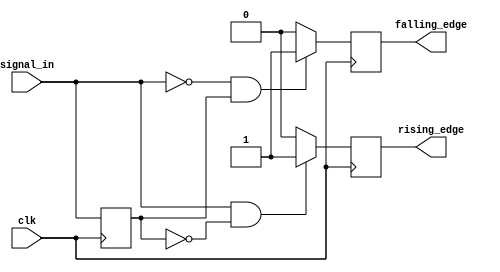
module dual_edge_detector (
    input wire clk,            // Clock input
    input wire signal_in,      // Input signal to detect edges
    output reg rising_edge,    // Output pulse for rising edge detection
    output reg falling_edge    // Output pulse for falling edge detection
);

    reg signal_in_prev;        // Previous state of the input signal

    // Edge detection logic
    always @(posedge clk) begin
        // Detect rising edge
        if (signal_in && !signal_in_prev) begin
            rising_edge <= 1'b1;  // Set rising edge pulse high
        end else begin
            rising_edge <= 1'b0;  // Reset rising edge pulse
        end

        // Detect falling edge
        if (!signal_in && signal_in_prev) begin
            falling_edge <= 1'b1;  // Set falling edge pulse high
        end else begin
            falling_edge <= 1'b0;  // Reset falling edge pulse
        end

        // Update previous state
        signal_in_prev <= signal_in; // Store current state for next clock cycle
    end

endmodule